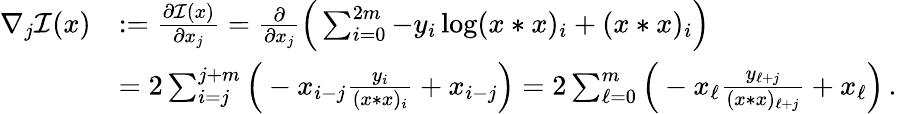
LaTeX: \begin{array}{rl}{\nabla_{j}\mathcal{I}(x)}&{:=\frac{\partial\mathcal{I}(x)}{\partial x_{j}}=\frac{\partial}{\partial x_{j}}\Big(\sum_{i=0}^{2m}-y_{i}\log(x*x)_{i}+(x*x)_{i}\Big)}\\ &{=2\sum_{i=j}^{j+m}\Big(-x_{i-j}\frac{y_{i}}{(x*x)_{i}}+x_{i-j}\Big)=2\sum_{\ell=0}^{m}\Big(-x_{\ell}\frac{y_{\ell+j}}{(x*x)_{\ell+j}}+x_{\ell}\Big)\, .}\end{array}